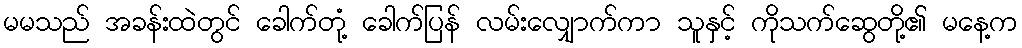
မမသည် အခန်းထဲတွင် ခေါက်တုံ့ ခေါက်ပြန် လမ်းလျှောက်ကာ သူနှင့် ကိုသက်ဆွေတို့၏ မနေ့က